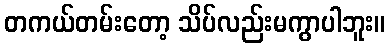
တကယ်တမ်းတော့ သိပ်လည်းမကွာပါဘူး။